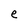
Character: e